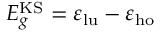
E _ { g } ^ { \mathrm { K S } } = \varepsilon _ { \mathrm { l u } } - \varepsilon _ { \mathrm { h o } }